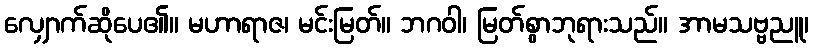
လျှောက်ဆိုပေ၏။ မဟာရာဇ၊ မင်းမြတ်။ ဘဂဝါ၊ မြတ်စွာဘုရားသည်။ အာမသဗ္ဗညူ၊